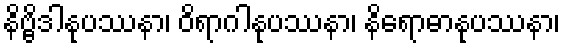
နိဗ္ဗိဒါနုပဿနာ၊ ဝိရာဂါနုပဿနာ၊ နိရောဓာနုပဿနာ၊